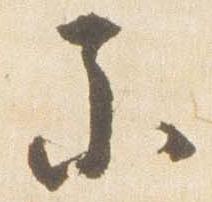
参